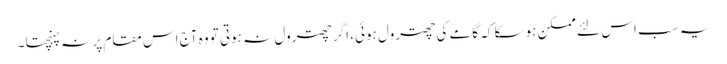
یہ سب اس لئے ممکن ہوسکا کہ گامے کی چھترول ہوئی، اگر چھترول نہ ہوتی تو وہ آج اس مقام پر نہ پہنچتا۔